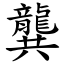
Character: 龔